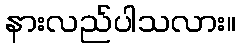
နားလည်ပါသလား။